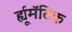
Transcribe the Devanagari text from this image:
र्ह्यूमॅटिक